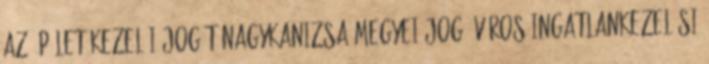
az épület kezelői jogát Nagykanizsa Megyei Jogú Város Ingatlankezelési